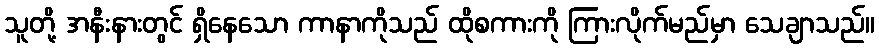
သူတို့ အနီးနားတွင် ရှိနေသော ကာနာကိုသည် ထိုစကားကို ကြားလိုက်မည်မှာ သေချာသည်။